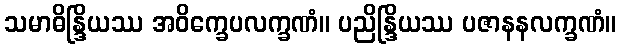
သမာဓိန္ဒြိယဿ အဝိက္ခေပလက္ခဏံ။ ပညိန္ဒြိယဿ ပဇာနနလက္ခဏံ။